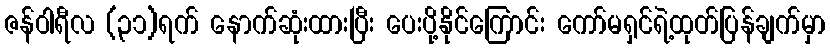
ဇန်ဝါရီလ (၃၁)ရက် နောက်ဆုံးထားပြီး ပေးပို့နိုင်ကြောင်း ကော်မရှင်ရဲ့ထုတ်ပြန်ချက်မှာ